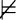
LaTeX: \nvDash